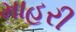
માહરી